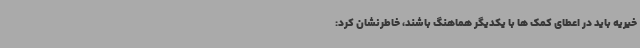
خیریه باید در اعطای کمک ها با یکدیگر هماهنگ باشند، خاطرنشان کرد: